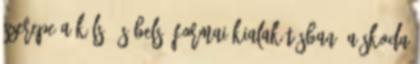
szerepe a külső és belső formai kialakításban. A Skoda